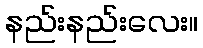
နည်းနည်းလေး။